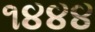
૧૪૪૪